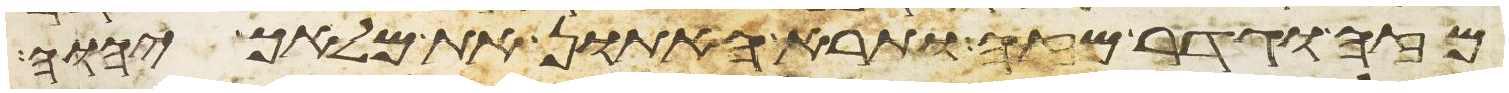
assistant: מזה וגדר מזה ותרא האתון את מלאך יהוה